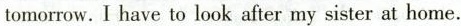
tomorrow. I have to look after my sister at home.